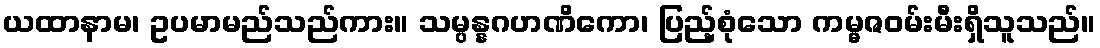
ယထာနာမ၊ ဥပမာမည်သည်ကား။ သမ္ပန္နဂဟဏိကော၊ ပြည့်စုံသော ကမ္မဇဝမ်းမီးရှိသူသည်။